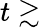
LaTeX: t\gtrsim